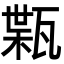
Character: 𤭴